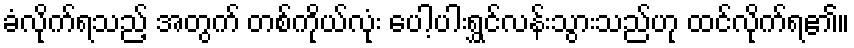
ခံလိုက်ရသည့် အတွက် တစ်ကိုယ်လုံး ပေါ့ပါးရွှင်လန်းသွားသည်ဟု ထင်လိုက်ရ၏။